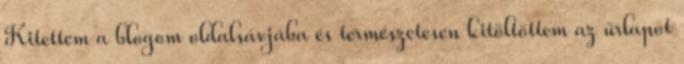
Kitettem a blogom oldalsávjába és természetesen kitöltöttem az űrlapot